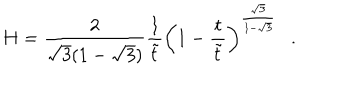
H = \frac { 2 } { \sqrt { 3 } ( 1 - \sqrt { 3 } ) } \frac { 1 } { \tilde { t } } \left( 1 - \frac { t } { \tilde { t } } \right) ^ { \frac { \sqrt { 3 } } { 1 - \sqrt { 3 } } } .